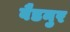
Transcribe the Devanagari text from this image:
बैडनुर